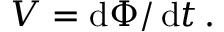
V = \operatorname { d } \! \Phi / \operatorname { d } \! t \, .